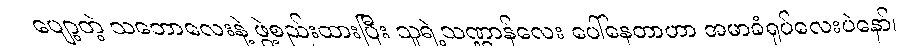
ပျော့တဲ့ သဘောလေးနဲ့ ဖွဲ့စည်းထားပြီး သူရဲ့သဏ္ဌာန်လေး ပေါ်နေတာဟာ အမာခံရုပ်လေးပဲနော်၊